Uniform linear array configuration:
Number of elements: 12
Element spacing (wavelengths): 0.75
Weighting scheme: blackman
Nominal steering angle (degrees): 30
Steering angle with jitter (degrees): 31.106
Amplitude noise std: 0.05
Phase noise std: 0.05

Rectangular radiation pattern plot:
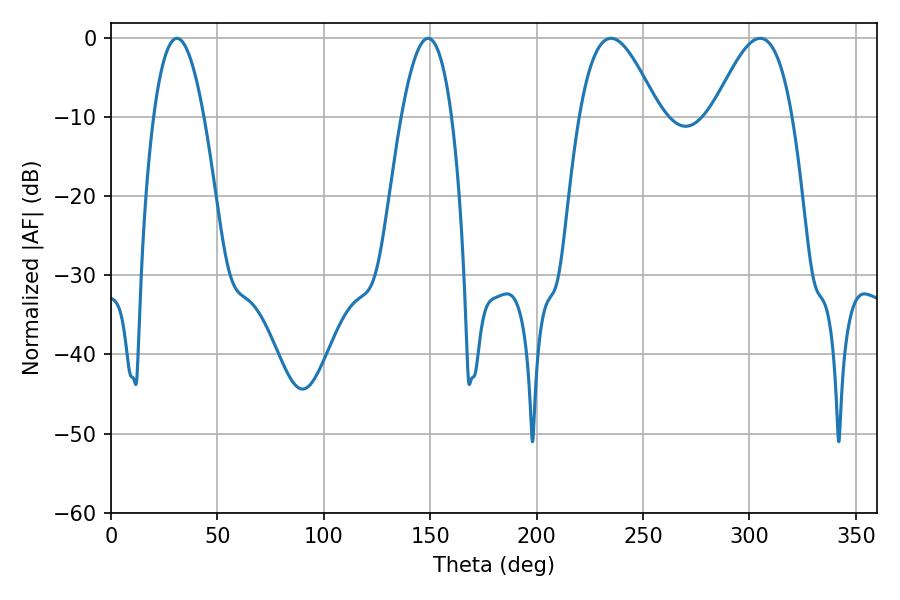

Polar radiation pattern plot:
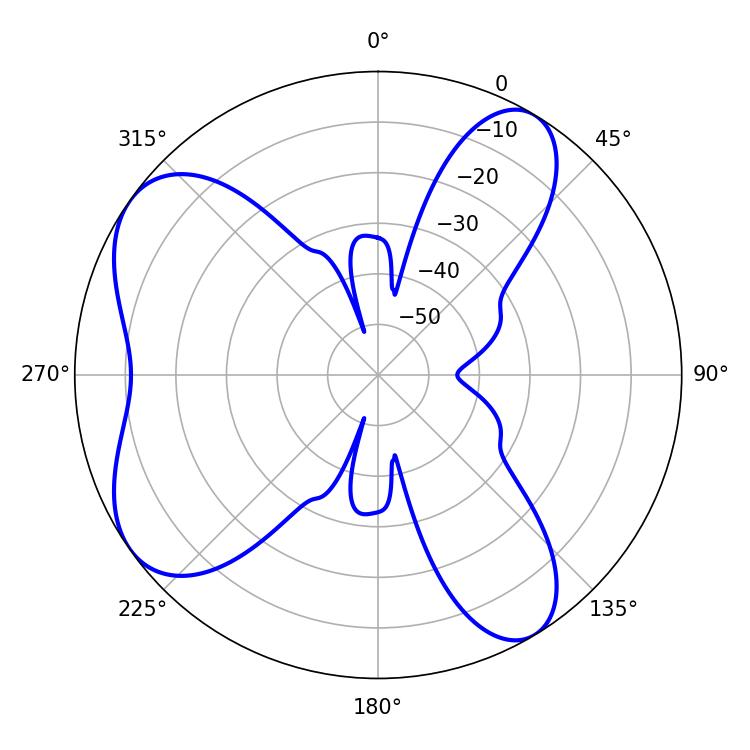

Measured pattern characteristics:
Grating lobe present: TRUE
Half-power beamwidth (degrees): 13.14
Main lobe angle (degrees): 30.96